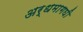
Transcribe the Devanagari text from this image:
अर्धमागघी